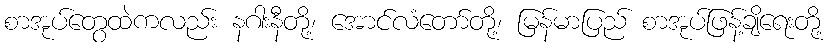
စာအုပ်တွေထဲကလည်း နဂါးနီတို့၊ အောင်လံတော်တို့၊ မြန်မာပြည် စာအုပ်ဖြန့်ချိရေးတို့